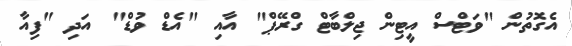
އެގޮތުން "ވަޓްސް އީޓިން ޖިލްބާޓް ގްރޭޕް" އާއި "އެޑް ވުޑް" އަދި "ފިއާ